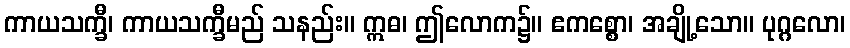
ကာယသက္ခီ၊ ကာယသက္ခီမည် သနည်း။ ဣဓ၊ ဤလောက၌။ ဧကစ္စော၊ အချို့သော။ ပုဂ္ဂလော၊